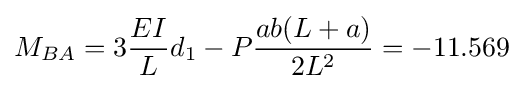
M_{BA}=3{\frac {EI}{L}}d_{1}-P{\frac {ab(L+a)}{2L^{2}}}=-11.569